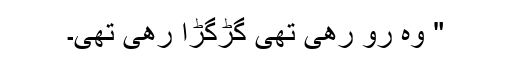
" وہ رو رھی تھی گڑگڑا رھی تھی۔